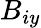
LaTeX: B_{iy}